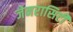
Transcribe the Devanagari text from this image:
जेनरासिटी